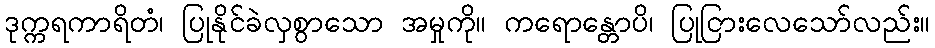
ဒုက္ကရကာရိတံ၊ ပြုနိုင်ခဲလှစွာသော အမှုကို။ ကရောန္တောပိ၊ ပြုငြားလေသော်လည်း။